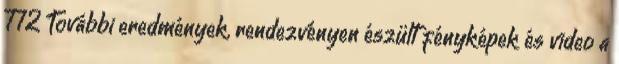
772 További eredmények, rendezvényen észült fényképek és video a